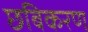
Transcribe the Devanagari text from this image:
छबिकरण